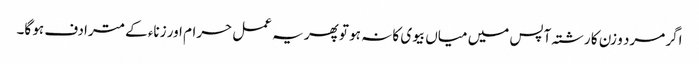
اگر مرد و زن کا رشتہ آپس میں میاں بیوی کا نہ ہو تو پھر یہ عمل حرام اور زناء کے مترادف ہو گا۔